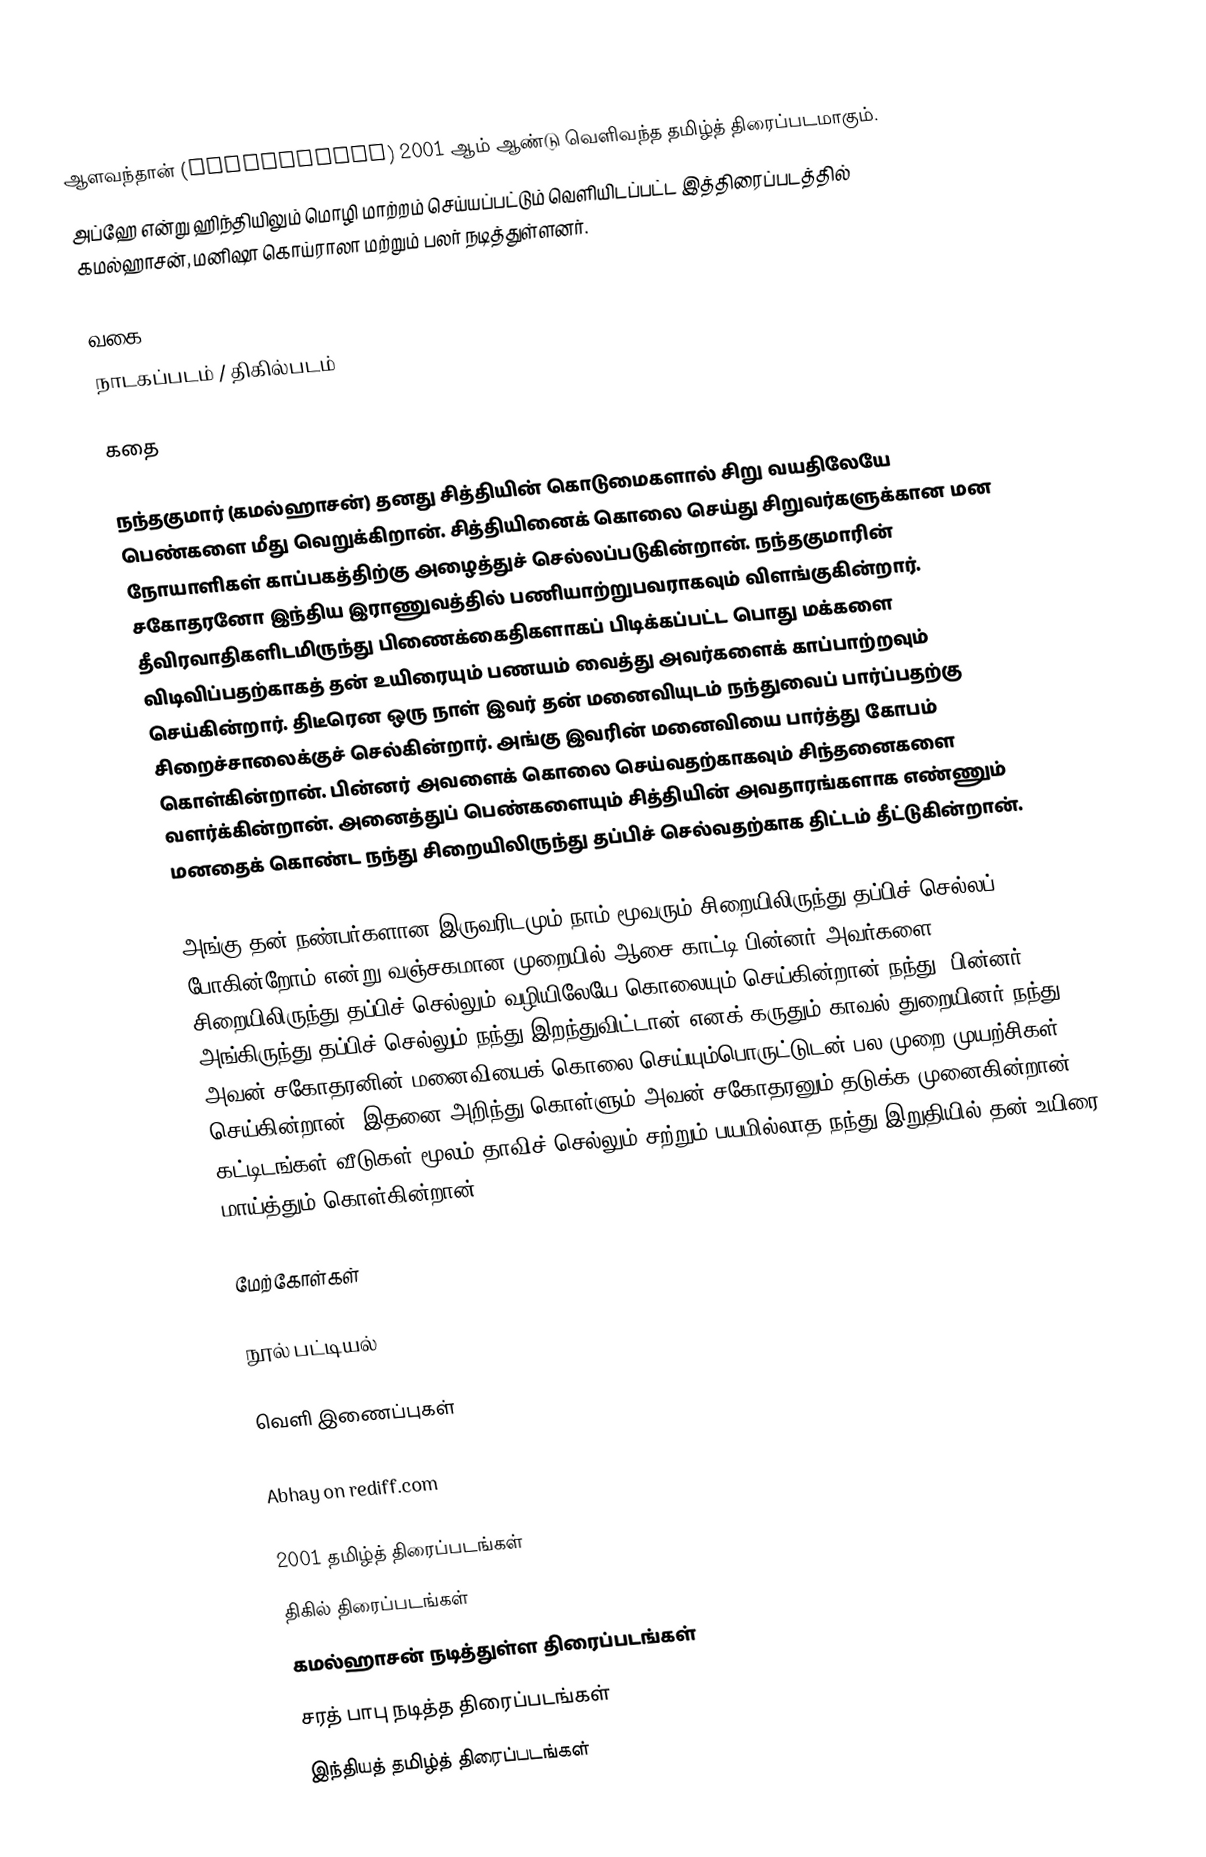
ஆளவந்தான் (Aalavandhan) 2001 ஆம் ஆண்டு வெளிவந்த தமிழ்த் திரைப்படமாகும்.
  அப்ஹே   என்று ஹிந்தியிலும் மொழி மாற்றம் செய்யப்பட்டும் வெளியிடப்பட்ட இத்திரைப்படத்தில் கமல்ஹாசன், மனிஷா கொய்ராலா மற்றும் பலர் நடித்துள்ளனர்.

வகை
நாடகப்படம் / திகில்படம்

கதை

நந்தகுமார் (கமல்ஹாசன்) தனது சித்தியின் கொடுமைகளால் சிறு வயதிலேயே பெண்களை மீது வெறுக்கிறான். சித்தியினைக் கொலை செய்து சிறுவர்களுக்கான மன நோயாளிகள் காப்பகத்திற்கு அழைத்துச் செல்லப்படுகின்றான். நந்தகுமாரின் சகோதரனோ இந்திய இராணுவத்தில் பணியாற்றுபவராகவும் விளங்குகின்றார். தீவிரவாதிகளிடமிருந்து பிணைக்கைதிகளாகப் பிடிக்கப்பட்ட பொது மக்களை விடிவிப்பதற்காகத் தன் உயிரையும் பணயம் வைத்து அவர்களைக் காப்பாற்றவும் செய்கின்றார். திடீரென ஒரு நாள் இவர் தன் மனைவியுடம் நந்துவைப் பார்ப்பதற்கு சிறைச்சாலைக்குச் செல்கின்றார். அங்கு இவரின் மனைவியை பார்த்து கோபம் கொள்கின்றான். பின்னர் அவளைக் கொலை செய்வதற்காகவும் சிந்தனைகளை வளர்க்கின்றான். அனைத்துப் பெண்களையும் சித்தியின் அவதாரங்களாக எண்ணும் மனதைக் கொண்ட நந்து சிறையிலிருந்து தப்பிச் செல்வதற்காக திட்டம் தீட்டுகின்றான்.

அங்கு தன் நண்பர்களான இருவரிடமும் நாம் மூவரும் சிறையிலிருந்து தப்பிச் செல்லப் போகின்றோம் என்று வஞ்சகமான முறையில் ஆசை காட்டி பின்னர் அவர்களை சிறையிலிருந்து தப்பிச் செல்லும் வழியிலேயே கொலையும் செய்கின்றான் நந்து. பின்னர் அங்கிருந்து தப்பிச் செல்லும் நந்து இறந்துவிட்டான் எனக் கருதும் காவல் துறையினர் நந்து அவன் சகோதரனின் மனைவியைக் கொலை செய்யும்பொருட்டுடன் பல முறை முயற்சிகள் செய்கின்றான். இதனை அறிந்து கொள்ளும் அவன் சகோதரனும் தடுக்க முனைகின்றான். கட்டிடங்கள்,வீடுகள் மூலம் தாவிச் செல்லும் சற்றும் பயமில்லாத நந்து இறுதியில் தன் உயிரை மாய்த்தும் கொள்கின்றான்.

மேற்கோள்கள்

நூல் பட்டியல்

வெளி இணைப்புகள்

 Abhay on rediff.com

2001 தமிழ்த் திரைப்படங்கள்
திகில் திரைப்படங்கள்
கமல்ஹாசன் நடித்துள்ள திரைப்படங்கள்
சரத் பாபு நடித்த திரைப்படங்கள்
இந்தியத் தமிழ்த் திரைப்படங்கள்